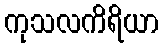
ကုသလကိရိယာ